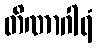
တိဏာဂါရံ